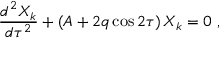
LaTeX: { \frac { d ^ { 2 } X _ { k } } { d \tau ^ { 2 } } } + \left( A + 2 q \cos 2 \tau \right) X _ { k } = 0 \ ,